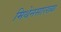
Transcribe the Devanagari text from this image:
मिथेनसारख्या